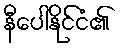
နီပေါနိုင်ငံ၏